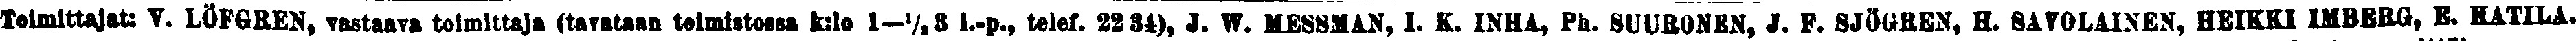
Toimittajat V. LÖFGREN, vastaava toimittaja (tavataan toimistossa k:lo 1-½3 i.-p. telef. 22 34). J. W. MESSMAN, I. K. INHA, Ph. SUURONEN, J. F. SJÖGREN, H. SAVOLAINEN, HEIKKI IMBERG, E. KATILA.